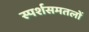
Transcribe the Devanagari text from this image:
स्पर्शसमतलों